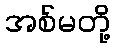
အစ်မတို့